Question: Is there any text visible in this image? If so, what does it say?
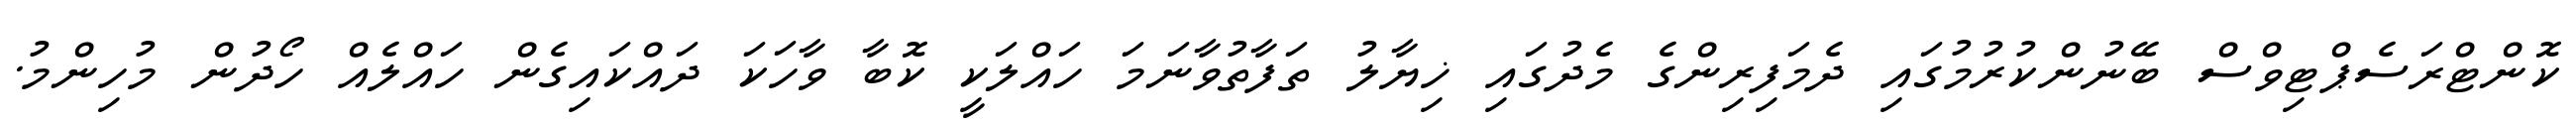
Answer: ކޮންޓްރަސެޕްޓިވްސް ބޭނުންކުރުމުގައި ދެމަފިރިންގެ މެދުގައި ޚިޔާލު ތަފާތުވާނަމަ ހައްލަކީ ކޮބާ ވާހަކަ ދައްކައިގެން ހައްލެއް ހޯދުން މުހިންމު.